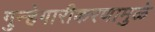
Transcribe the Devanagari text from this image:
गुन्हेगारीकरणामुळे